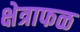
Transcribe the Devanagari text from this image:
क्षेत्राफळ